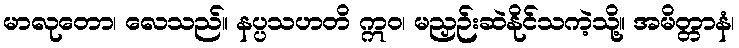
မာလုတော၊ လေသည်။ နပ္ပသဟတိ ဣဝ၊ မညှဉ်းဆဲနိုင်သကဲ့သို့။ အမိတ္တာနံ၊